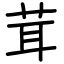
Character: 茸